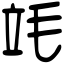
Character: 竓